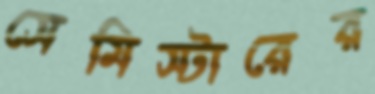
সেমিস্টারের